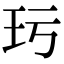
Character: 㺮